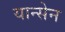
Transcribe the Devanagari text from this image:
यान्सेन